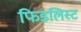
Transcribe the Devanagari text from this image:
फिडलिस्ट